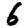
Digit: 6